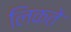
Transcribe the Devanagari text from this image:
लिकते